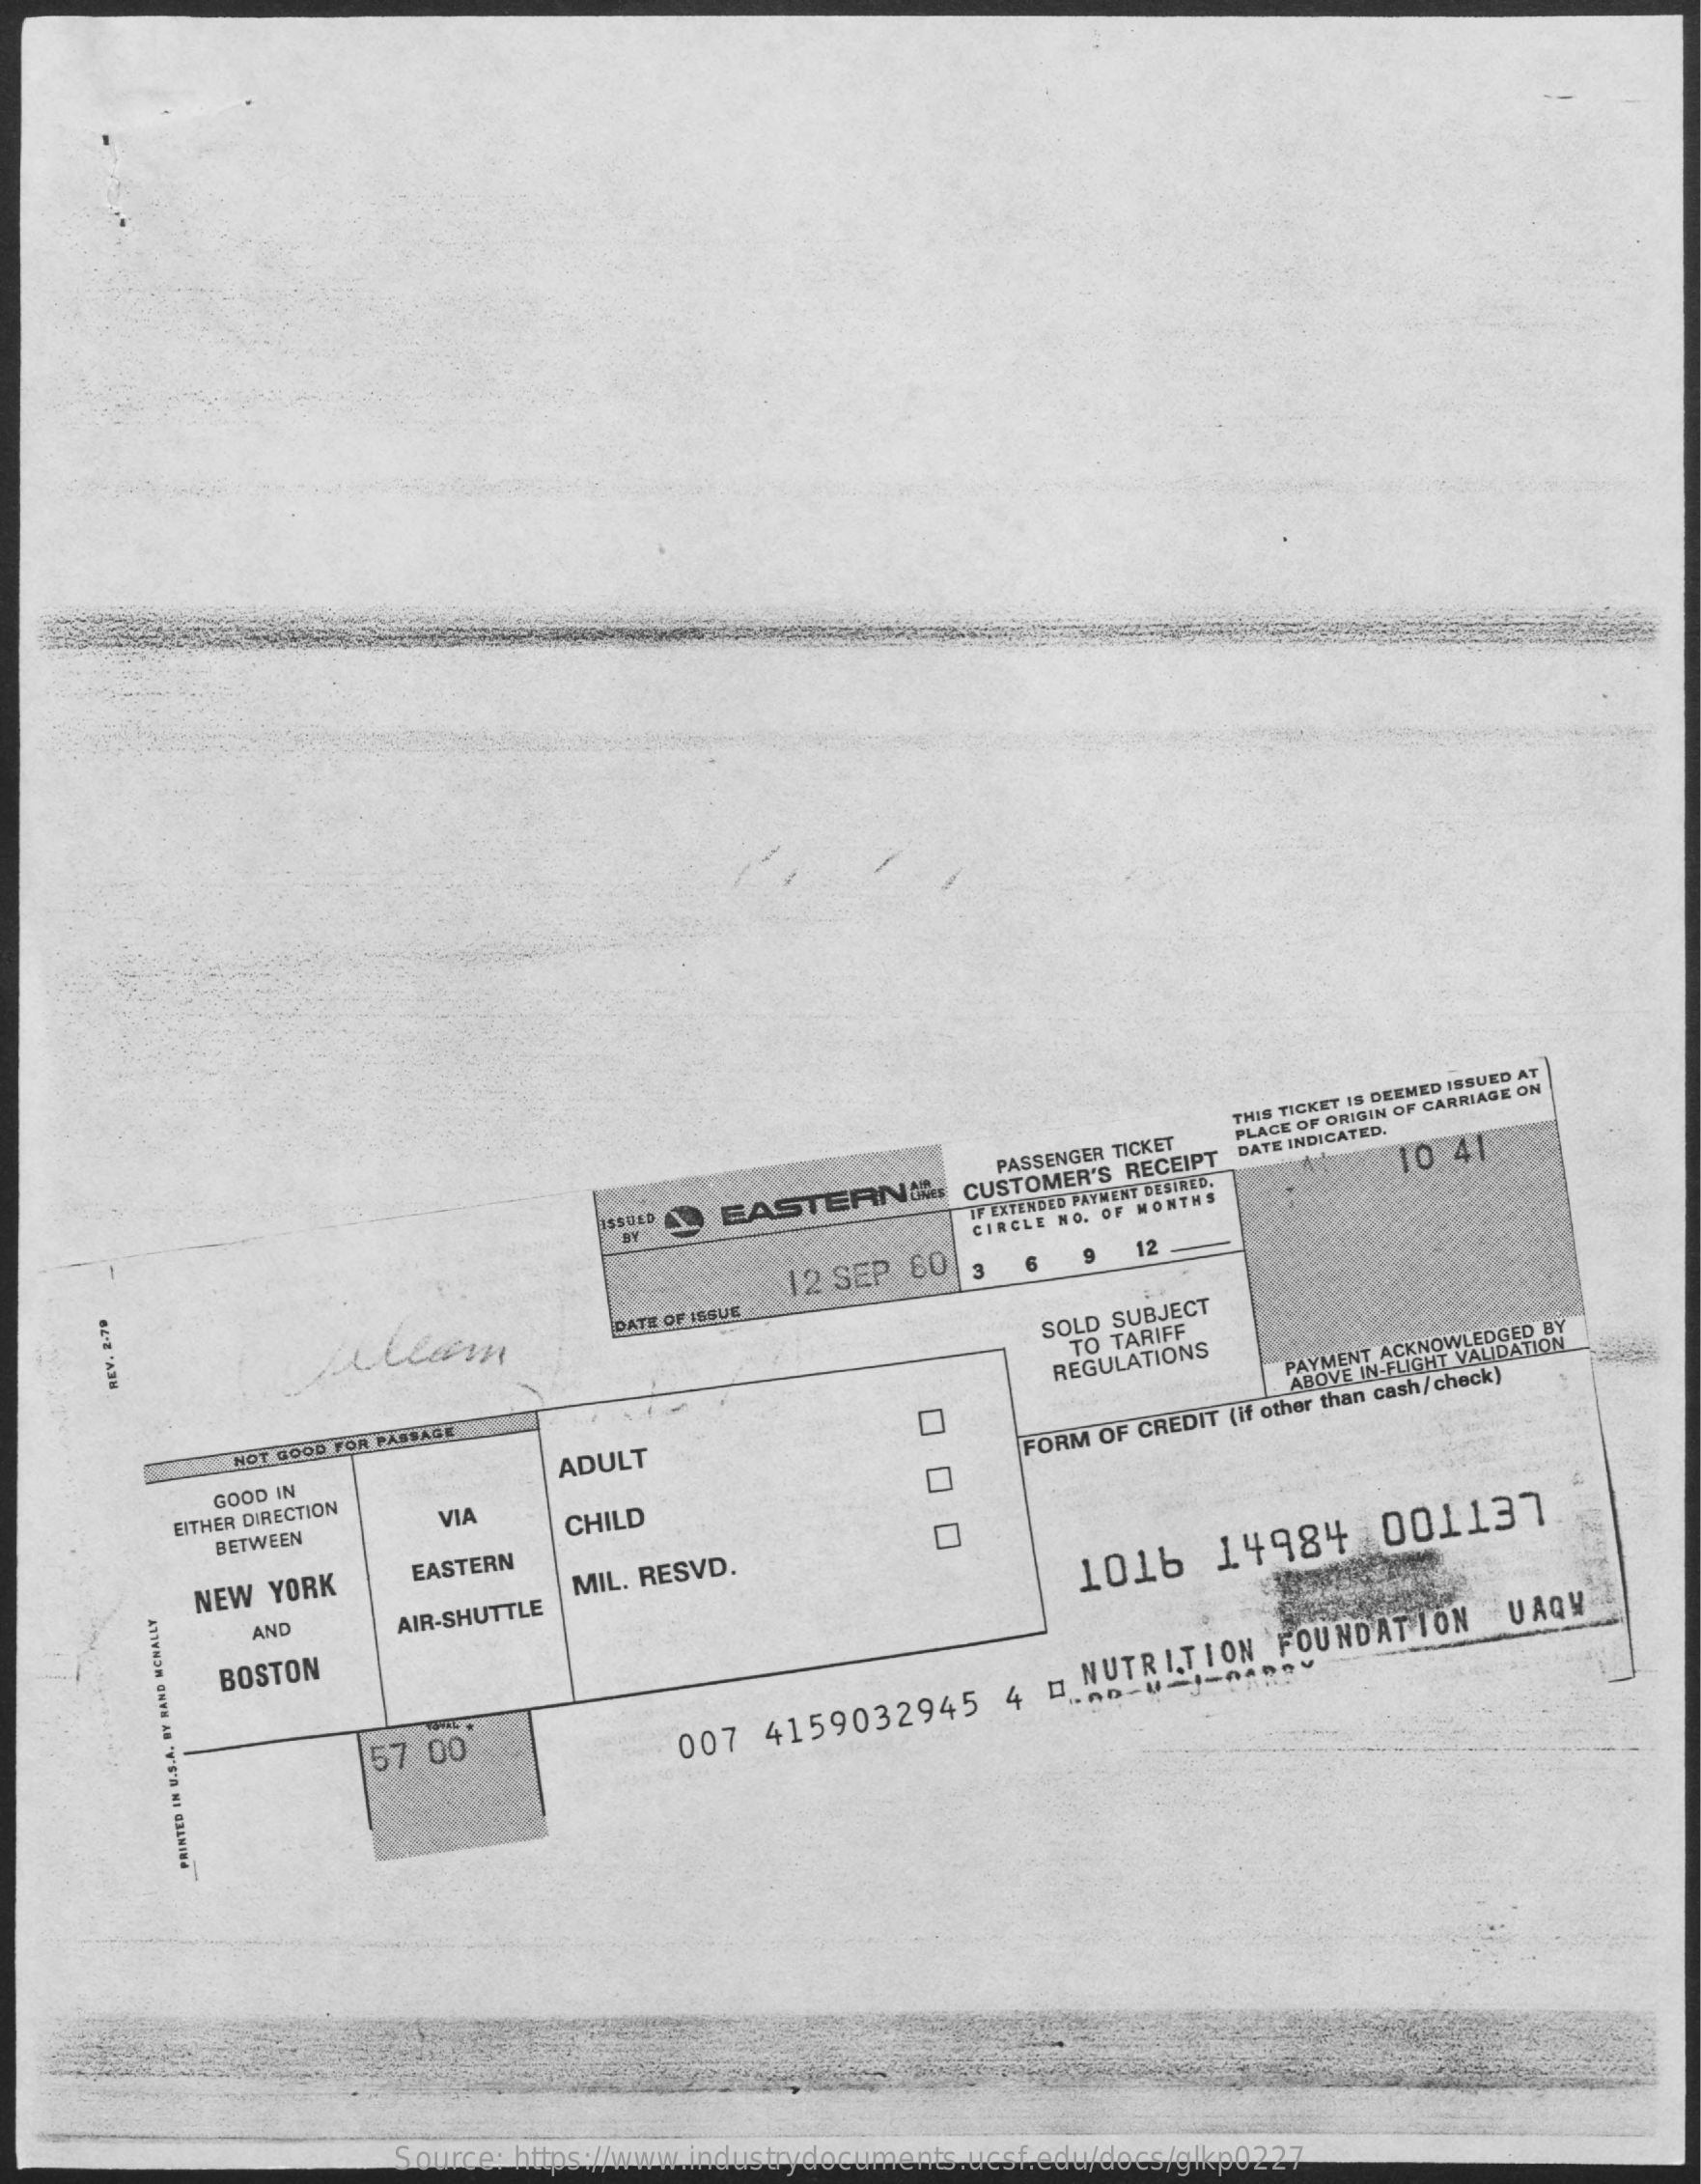
EASTERN
     IR
     PASSENGER TICKET
     THIS TICKET IS DEEMED ISSUED AT
     CUSTOMER'S
     RECEIPT
     PLACE OF ORIGIN OF CARRIAGE
     ON
     DATE INDICATED.
     IF EXTENDED PAYMENT DESIRED.
     CIRCLE NO. OF MONTHS
     10 41
     12 SEP  60
     DATE OF ISSUE
     12
     REV.
     2-78    SOLD SUBJECT
     NOT GOOD FOR PASSAGE
     TO TARIFF
     GOOD IN
     EITHER DIRECTION
     ADULT
     REGULATIONS    PAYMENT
     ACKNOWLEDGED
     BY
     00
     0
     BETWEEN
     VIA
     ABOVE IN-FLIGHT VALIDATION
     FORM OF CREDIT (if other than cash/check)
     NEW  YORK
     CHILD
     EASTERN
     AND    AIR-SHUTTLE
     MIL. RESVD.
     BOSTON
     1016    14984    001137
     57  00    007
     4159032945
     4  m
     NUTRITION    FOUNDATION
     UAQY
     PRINTED
     IN
     U.S.A.
     BY
     RAND
     MCNALLY
     Source: https://www.industrydocuments.ucsf.edu/docs/glkp0227